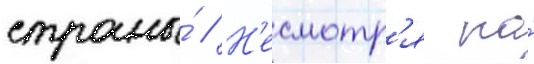
страны́ // Н'есмотр'я на́